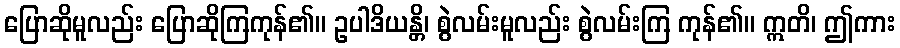
ပြောဆိုမူလည်း ပြောဆိုကြကုန်၏။ ဥပါဒိယန္တိ၊ စွဲလမ်းမူလည်း စွဲလမ်းကြ ကုန်၏။ ဣတိ၊ ဤကား